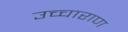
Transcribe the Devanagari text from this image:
उच्चाराण